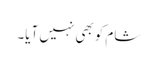
شام کوبھی نہیں آیا۔